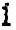
1